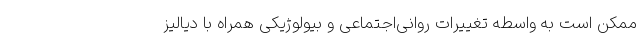
ممکن است به واسطه تغییرات روانی‌اجتماعی و بیولوژیکی همراه با دیالیز